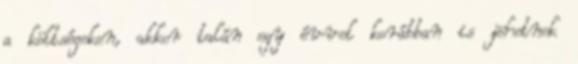
a költségeken, akkor talán egy évvel korábban is jöhetnek